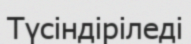
Түсіндіріледі